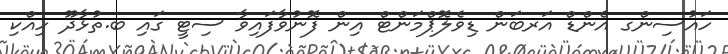
ހައުސިންގ އެންޑް އަރބަން ޑިވެލޮޕްމަންޓް އިން ފޮނުވާފައިވާ ސިޓީ ގައި ބ.ތުޅާދޫ ހިއްކި